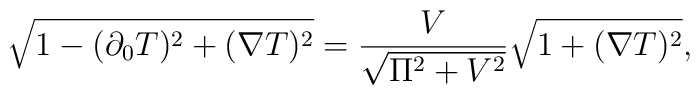
\sqrt{1- (\partial_0 T)^2 + (\nabla T)^2} = {V \over \sqrt{\Pi^2 +V^2} } \sqrt{1 + (\nabla T)^2},